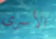
الأسرى